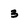
Character: 3